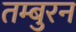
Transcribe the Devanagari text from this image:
तम्बुरन